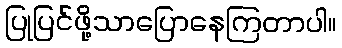
ပြုပြင်ဖို့သာပြောနေကြတာပါ။